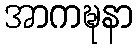
အာကဍ္ဎနာ